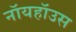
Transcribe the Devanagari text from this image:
नॉयहॉउस